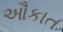
ઔકાત